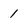
Character: 1